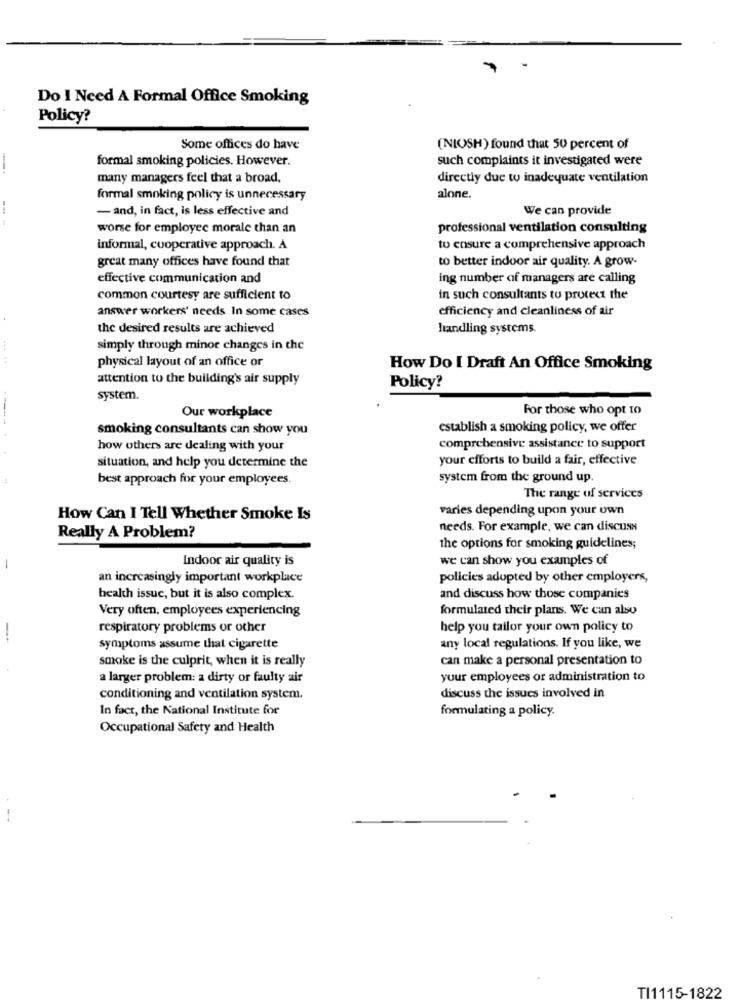
Do I Need A Formal Office Smoking
Policy?
Some offices do have
(NIOSH) found that 50 percent of
formal smoking policies. However.
such complaints it investigated were
many managers feel that a broad,
directly due to inadequate ventilation
formal smoking policy is unnecessary
alone.
- and, in fact, is less effective and
We can provide
worse for employee morale than an
professional ventilation consulting
informal, cooperative approach. A
to ensure a comprehensive approach
great many offices have found that
to better indoor air quality. A grow-
effective communication and
ing number of managers are calling
common courtesy are sufficient to
in such consultants to protect the
answer workers' needs In some cases
efficiency and cleanliness of air
the desired results are achieved
handling systems
simply through minor changes in the
physical layout of an office or
How Do I Draft An Office Smoking
attention to the building's air supply
Policy?
system.
For those who opt to
Our workplace
smoking consultants can show you
establish a smoking policy, we offer
how others are dealing with your
comprehensive assistance to support
situation, and help you determine the
your efforts to build a fair, effective
best approach for your employees.
system from the ground up.
The range of services
varies depending upon your own
How Can I Tell Whether Smoke Is
needs. For example, we can discuss
Really A Problem?
the options for smoking guidelines;
Indoor air quality is
we can show you examples of
an increasingly important workplace
policies adopted by other employers,
health issue, but it is also complex.
and discuss how those companies
Very often, employees experiencing
formulated their plans. We can also
respiratory problems or other
help you tailor your own policy to
-
symptoms assume that cigarette
any local regulations. If you like, we
smoke is the culprit, when it is really
can make a personal presentation to
a larger problem: a dirty or faulty air
your employees or administration to
conditioning and ventilation system.
discuss the issues involved in
In fact, the National Institute for
formulating a policy.
Occupational Safety and Health
--
TI1115-1822